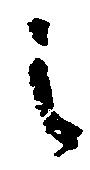
之